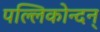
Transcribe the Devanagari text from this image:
पल्लिकोन्दन्